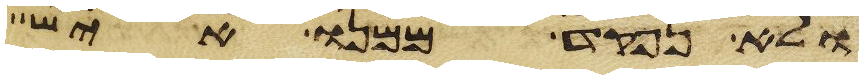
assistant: ולא נפקד ממנו איש